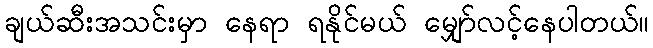
ချယ်ဆီးအသင်းမှာ နေရာ ရနိုင်မယ် မျှော်လင့်နေပါတယ်။